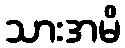
သားအမိ